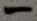
Text: -